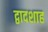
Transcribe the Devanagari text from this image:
द्वादशाह